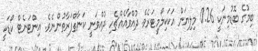
ބިމުގެ ބޮޑުމިނަކީ 0.26 މިލިޔަން އަކަކިލޯމީޓަރެވެ. ދުއްވާއެއްޗެހި ދުއްވަނީ ކަނާތްފަރާތުންނެވެ. އިންޓަނެޓް ކޯޑަކީ